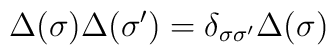
\Delta (\sigma )\Delta (\sigma ^{\prime })=\delta _{\sigma \sigma ^{\prime}}\Delta (\sigma )